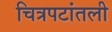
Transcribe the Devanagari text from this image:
चित्रपटांतली